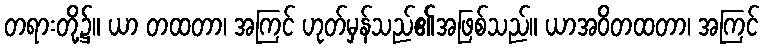
တရားတို့၌။ ယာ တထတာ၊ အကြင် ဟုတ်မှန်သည်၏အဖြစ်သည်။ ယာအဝိတထတာ၊ အကြင်